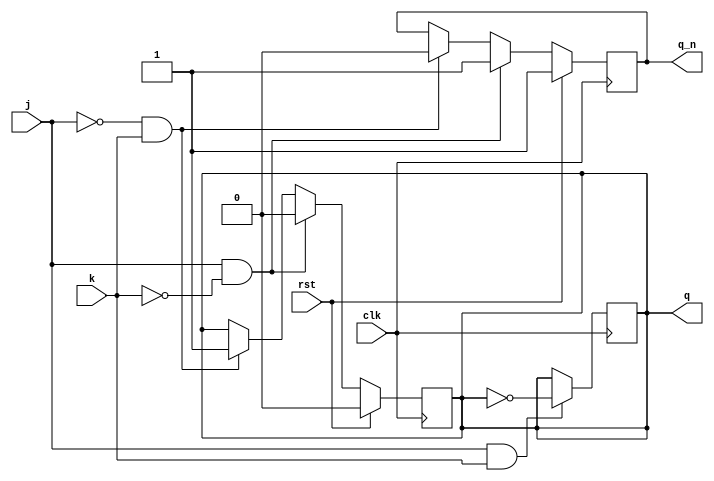
module jk_flip_flop (
    input wire clk, // Clock input
    input wire rst, // Reset input
    input wire j,    // J input
    input wire k,    // K input
    output reg q,   // Q output
    output reg q_n  // Q_n output
);

// Toggle mode
always @(negedge clk)
begin
    if (j & k)
        q <= ~q;
end

// Reset-set mode
always @(negedge clk)
begin
    if (rst)
    begin
        q <= 0;
        q_n <= 1;
    end
    else if (j & ~k)
    begin
        q <= 0;
        q_n <= 1;
    end
    else if (~j & k)
    begin
        q <= 1;
        q_n <= 0;
    end
end

endmodule